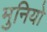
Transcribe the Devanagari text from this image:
मुनियो